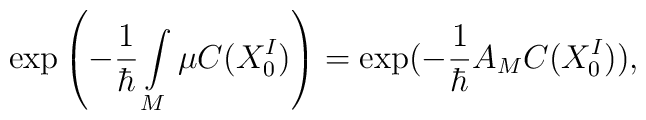
\exp\left(-\frac{1}{\hbar}\int\limits_M \mu C(X_0^I)\right)=\exp(-\frac{1}{\hbar}A_M C(X_0^I)),